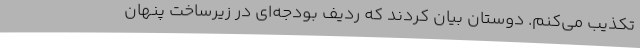
تکذیب می‌کنم. دوستان بیان کردند که ردیف بودجه‌ای در زیرساخت پنهان